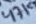
Text: 47K